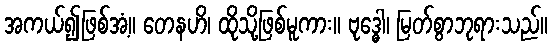
အကယ်၍ဖြစ်အံ့။ တေနဟိ၊ ထိုသို့ဖြစ်မူကား။ ဗုဒ္ဓေါ၊ မြတ်စွာဘုရားသည်။